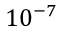
1 0 ^ { - 7 }